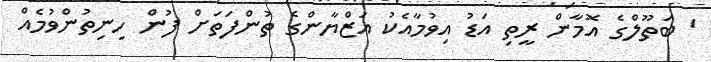
' ބަތޫލްގެ އޮމާން ރީތި އަޑު އިވުމާއެކު އަޒްޔާންގެ ތުންފަތަށް ފުން ހިނިތުންވުމެއް